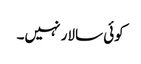
کوئی سالار نہیں۔